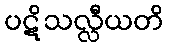
ပဋိသလ္လီယတိ